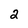
Character: 2